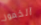
الخمور